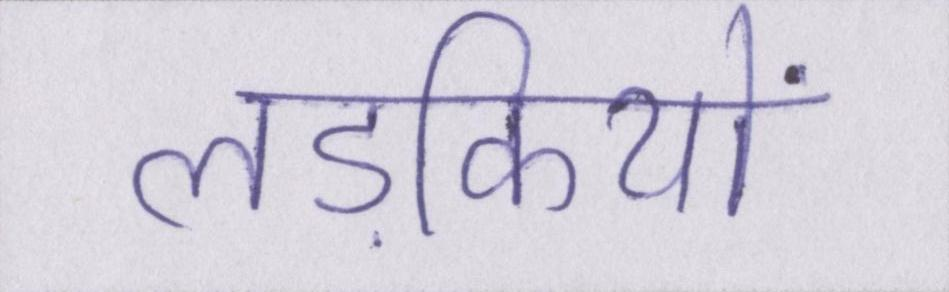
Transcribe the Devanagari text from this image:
लड़कियों